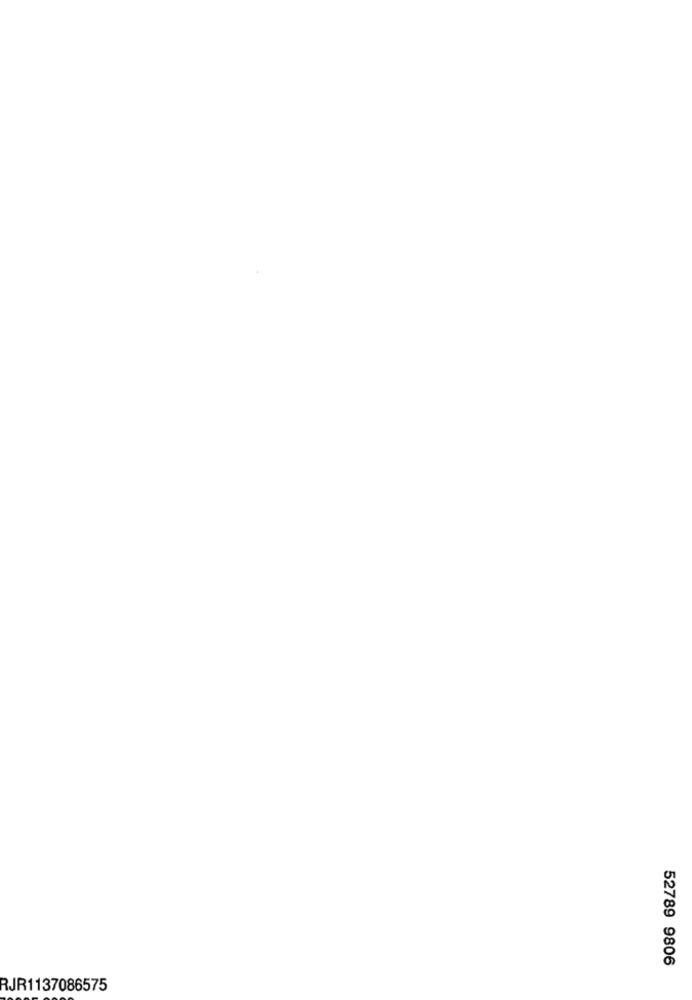
52789 9806
RJR1137086575